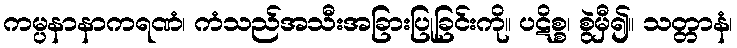
ကမ္ပနာနာကရဏံ၊ ကံသည်အသီးအခြားပြုခြင်းကို။ ပဋိစ္စ၊ စွဲမှီ၍။ သတ္တာနံ၊